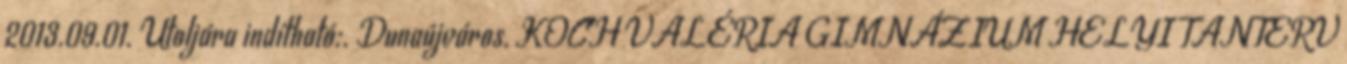
2013.09.01. Utoljára indítható:. Dunaújváros, KOCH VALÉRIA GIMNÁZIUM HELYI TANTERV